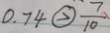
0 . 7 4 \textcircled { > } \frac { 7 } { 1 0 }